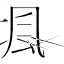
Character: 堸